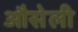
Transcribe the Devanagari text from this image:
औसेली